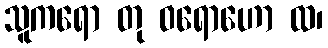
သူကရော တု ဝရောဟော ထ၊